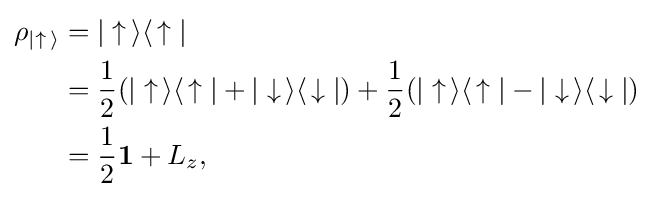
{\begin{aligned}\rho _{|\uparrow \,\rangle }&=|\uparrow \,\rangle \langle \,\uparrow |\\&={\frac {1}{2}}(|\uparrow \,\rangle \langle \,\uparrow |+|\downarrow \,\rangle \langle \,\downarrow |)+{\frac {1}{2}}(|\uparrow \,\rangle \langle \,\uparrow |-|\downarrow \,\rangle \langle \,\downarrow |)\\&={\frac {1}{2}}\mathbf {1} +L_{z},\end{aligned}}